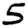
Digit: 5